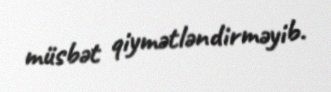
müsbət qiymətləndirməyib.